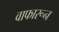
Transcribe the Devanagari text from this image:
वाफारून